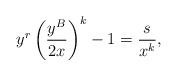
LaTeX: \begin{align*} y^{r}\left( \frac{y^{B}}{2x} \right)^{k}-1=\frac{s}{x^k},\end{align*}